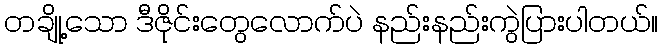
တချို့သော ဒီဇိုင်းတွေလောက်ပဲ နည်းနည်းကွဲပြားပါတယ်။